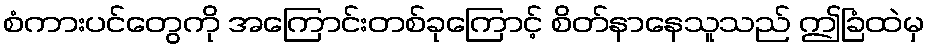
စံကားပင်တွေကို အကြောင်းတစ်ခုကြောင့် စိတ်နာနေသူသည် ဤခြံထဲမှ